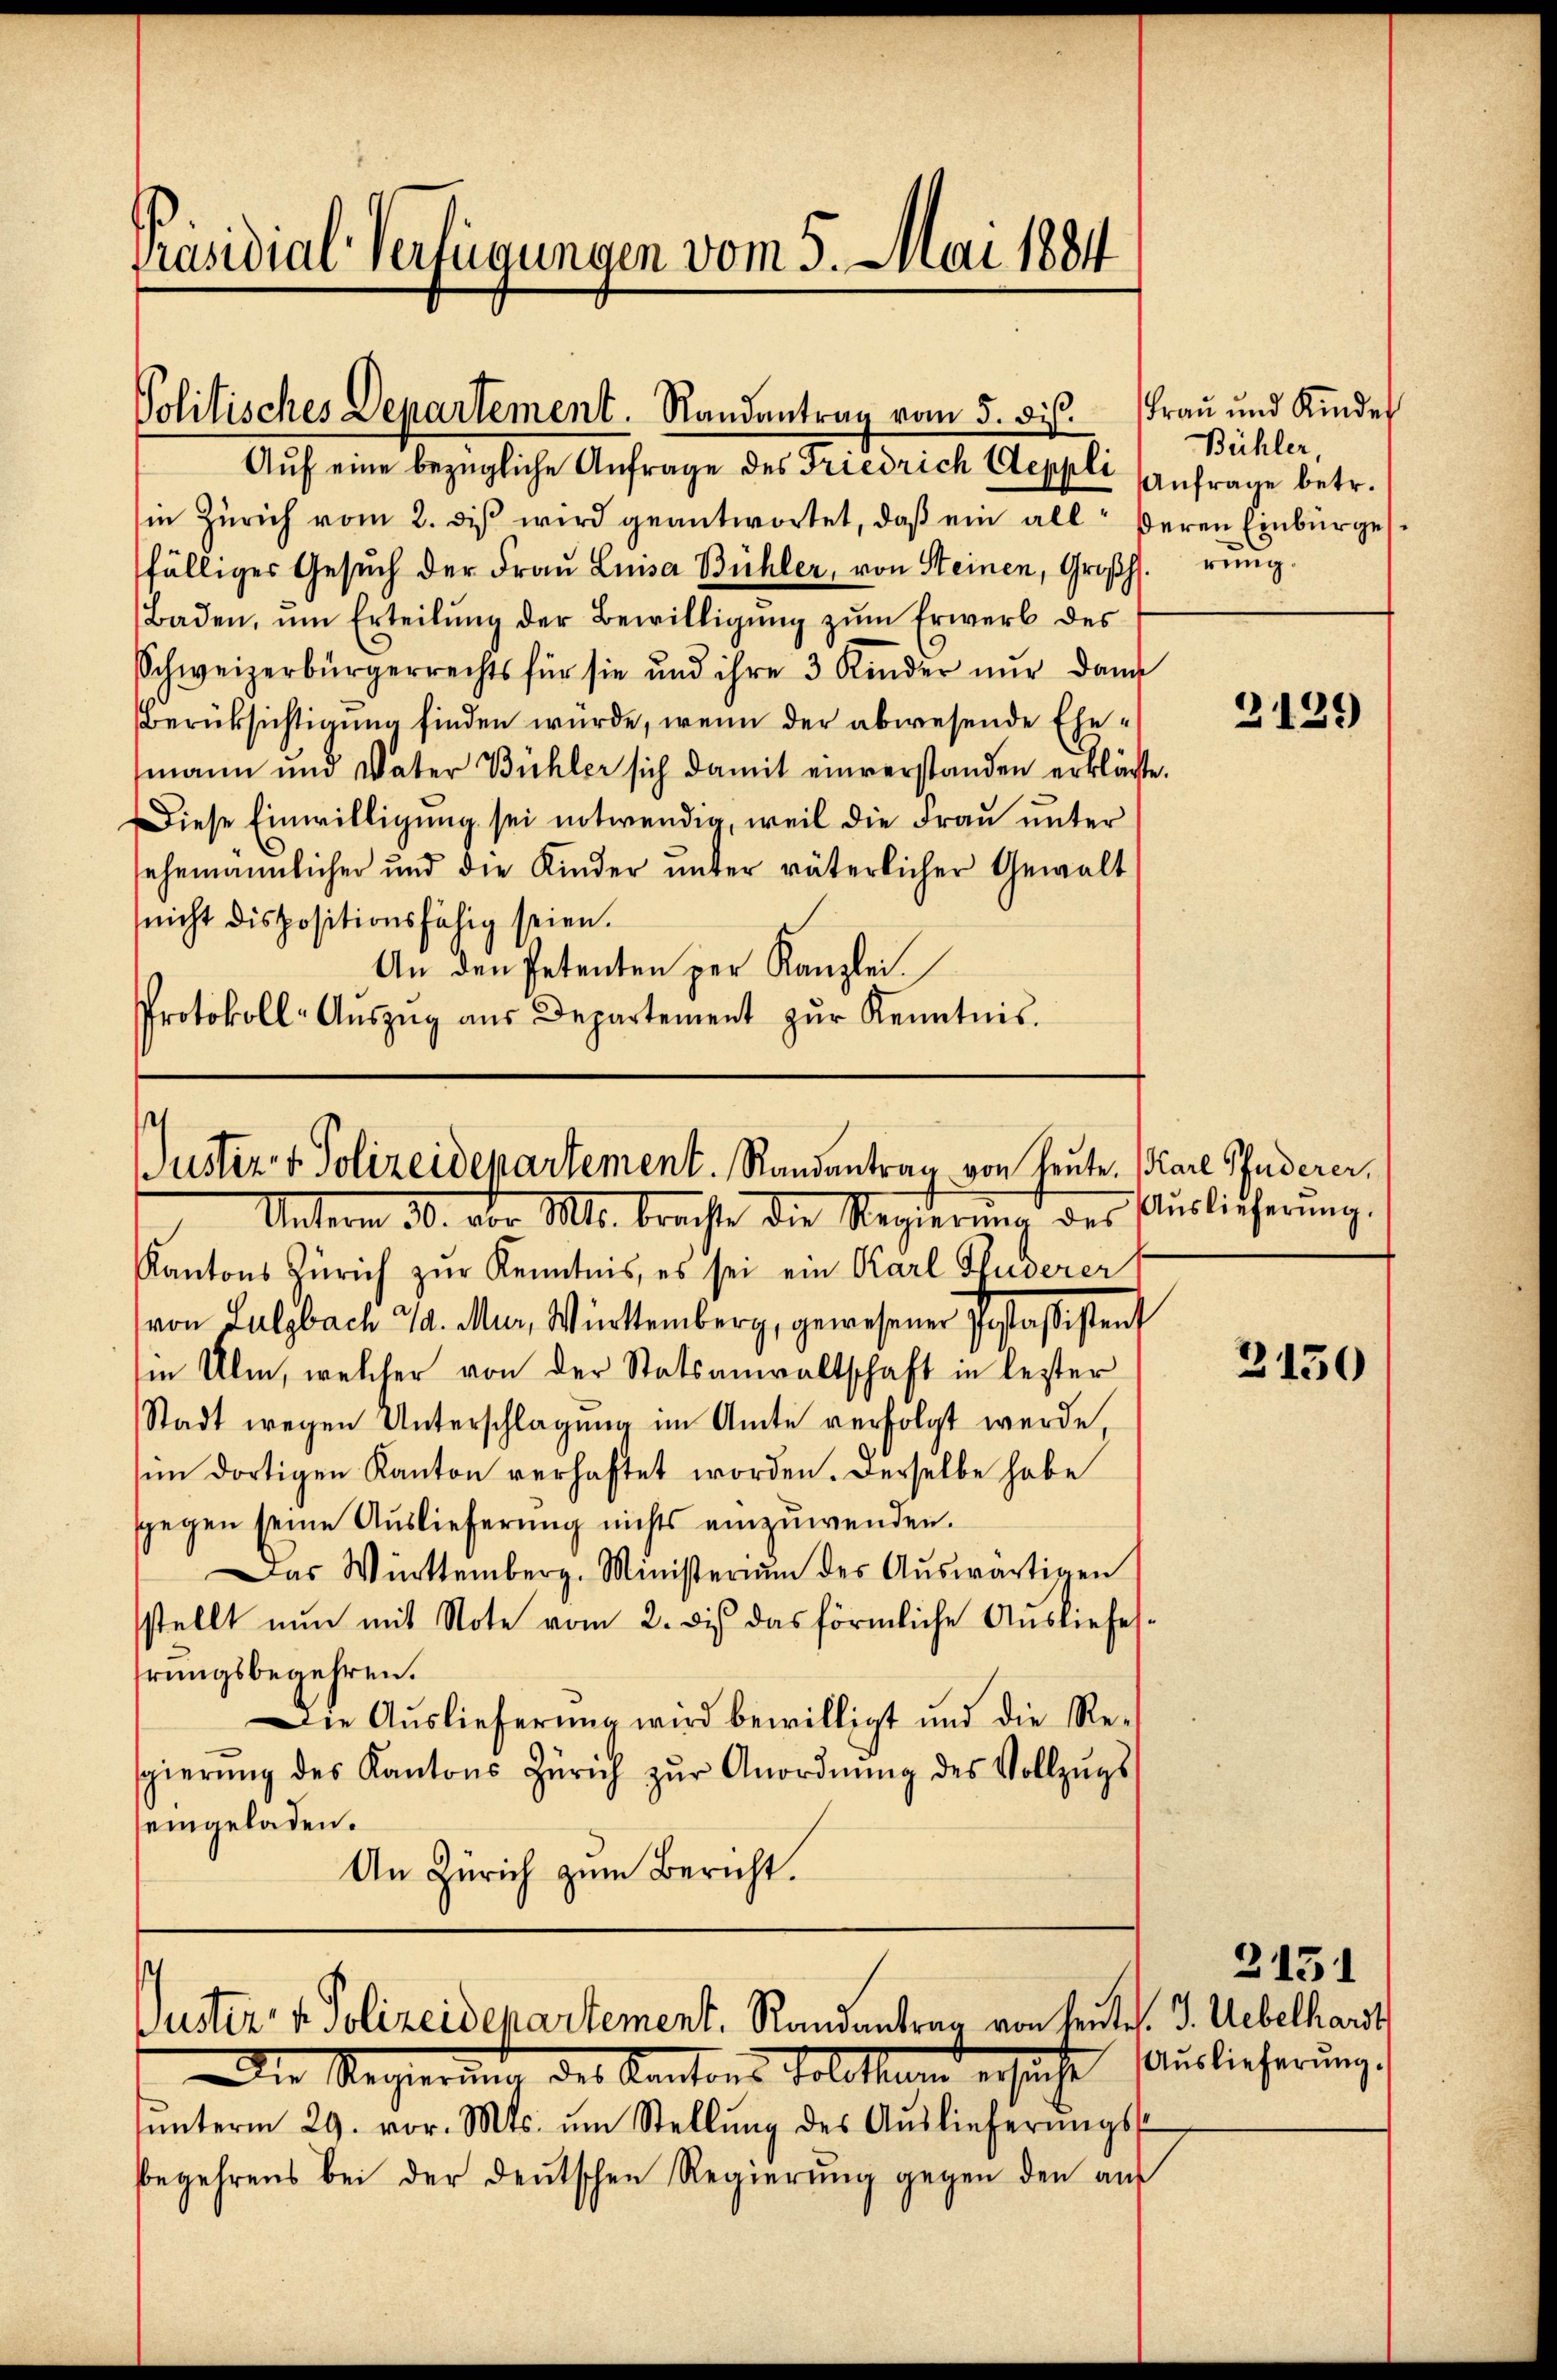
Präsidial-Verfügungen vom 5. Mai 1884

Politisches Departement. Randantrag vom 5. dis.
Aŭf eine bezügliche Anfrage des Friedrich Aeppli Anfrage betr.

in Zürich vom 2. diβ wird geantwortet, daβ ein all deren Einbürges
fälliger Gesŭch der Fraŭ Luisa Bühler, von Steinen, Großh
Baden, ŭm Erteilŭng der Bewilligŭng zŭm Erwerb des
Schweizerbürgerrechts für sie und ihre 3 Kinder nŭr dann
Berüksichtigung finden würde, wenn der abwesende Ehemann um Vater Bühler sich damit einverstanden erklärte.
Diese Einwilligung sei notwendig, weil die Frau unter
ehemännlicher und die Kinder ŭnter väterlicher Gewalt
(nicht dispositionsfähig seien.
An den Petenten per Kanzlei.
Protokoll-Aŭszŭg aŭs Departement zŭr Kenntnis.

Justiz- & Polizeidepartement. Randantrag von heute. Karl Puderer,

Justiz- & Polizeidepartement. Randantrag von heute. J. Uebelhardt

Frau und Kinder
Bühler
rung.

Unterm 30. vor. Mts. brachte die Regierŭng des Auslicherŭng.
Kantons Zürich zur Kenntnis, es sei ein Karl Puderer
von Sulzbach 7. Mur, Württemberg, gewesener Postaßistent
in Ulm, welcher von der Statsanwaltschaft in lezter
Stadt wegen Unterschlagung im Amte verfolgt werde,
im dortigen Kanton verhaftet worden. Derselbe habe
sgegen seine Auslieferung nichts einzuwenden.
Das Württemberg. Ministerium des Aŭswärtigen
stellt nun mit Note vom 2. dis das förmliche Ausliefesrungsbegehren.
Die Auslieferung wird bewilligt und die Re-
gierŭng des Kantons Zürich zŭr Anordnŭng des Vollzŭgs
eingeladen.
An Zürich zum Bericht.

Die Regierung des Kantons Solothum ersuche Auslieferung
ŭnterm 29. vor. Mts. ŭm Stellŭng des Aŭslieferŭngs-
bbegehrens bei der deutschen Regierŭng gegen den auf

2139

2150

2151